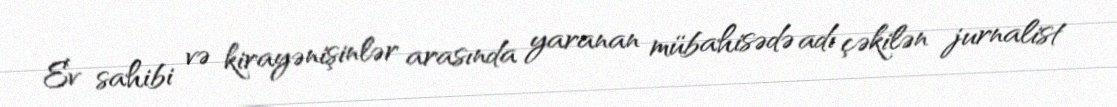
Ev sahibi və kirayənişinlər arasında yaranan mübahisədə adı çəkilən jurnalist